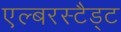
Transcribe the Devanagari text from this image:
एल्बरस्टैड्ट